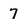
Character: 7